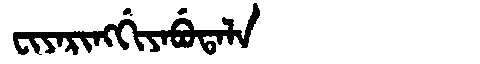
Manchu: ᠸᡳᠶᠠᡵᡳᠩᡤᡳᠶᠠᠪᡠᡨᠠᠯᠠ
Romanization: FIYARINGGIYABUTALA